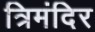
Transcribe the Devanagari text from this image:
त्रिमंदिर